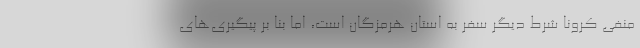
منفی کرونا شرط دیگر سفر به استان هرمزگان است، اما بنا بر پیگیری‌های